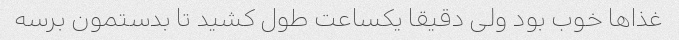
غذاها خوب بود ولی دقیقا یکساعت طول کشید تا بدستمون برسه